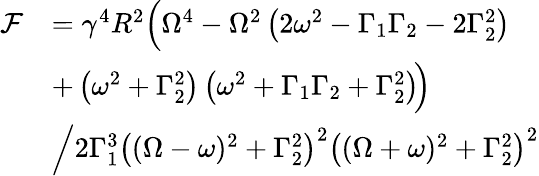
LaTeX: \begin{array}{rl}{\mathcal{F}}&{=\gamma^{4}R^{2}\Big(\Omega^{4}-\Omega^{2}\left(2\omega^{2}-\Gamma_{1}\Gamma_{2}-2\Gamma_{2}^{2}\right)}\\ &{+\left(\omega^{2}+\Gamma_{2}^{2}\right)\left(\omega^{2}+\Gamma_{1}\Gamma_{2}+\Gamma_{2}^{2}\right)\! \Big)}\\ &{\left.\middle/2\Gamma_{1}^{3}\left((\Omega-\omega)^{2}+\Gamma_{2}^{2}\right)^{2}\left((\Omega+\omega)^{2}+\Gamma_{2}^{2}\right)^{2}\right.}\end{array}